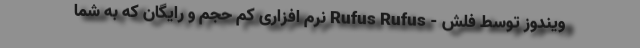
ویندوز توسط فلش - Rufus Rufus نرم افزاری کم حجم و رایگان که به شما